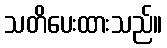
သတိပေးထားသည်။